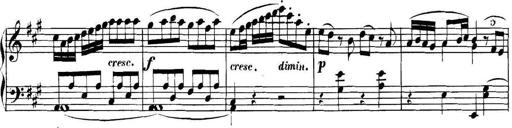
Title: Collected Piano Sonatas
Composer: Muzio Clementi